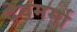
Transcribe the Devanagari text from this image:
देवमर्मा